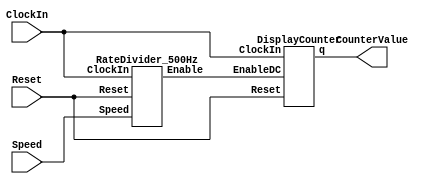
`timescale 1ns / 1ns // `timescale time_unit/time_precision

module part2(ClockIn, Reset, Speed, CounterValue);
    input ClockIn, Reset;
    input [1:0] Speed;
    output [3:0] CounterValue;
    wire enable;

    RateDivider_500Hz r0(.ClockIn(ClockIn), .Reset(Reset), .Enable(enable), .Speed(Speed));
    DisplayCounter c0(.ClockIn(ClockIn), .Reset(Reset), .EnableDC(enable), .q(CounterValue));
endmodule

// adjustable clock divider
module RateDivider_500Hz(ClockIn, Reset, Speed, Enable);
    input ClockIn, Reset; 
    input [1:0] Speed;
    output Enable;
    
    reg [10:0] Divider;

    always @(posedge ClockIn) begin
        if (Reset == 1'b1)
            Divider <= 11'd0;
        else if (Divider == 11'b000_0000_0000)
            //Divider <= d;
            case(Speed)                     // load counter to: (clock speed)/(desired speed) - 1
                2'b00: Divider <= 11'd0;     // load to 500Hz/500Hz - 1
                2'b01: Divider <= 11'd499;   // load to 500Hz/1Hz - 1
                2'b10: Divider <= 11'd999;   // load to 500Hz/0.5Hz - 1
                2'b11: Divider <= 11'd1999;  // load to 500Hz/0.25Hz - 1
                default Divider <= 11'd0;
            endcase
        else 
            Divider <= Divider - 1;  // count down to zero
    end

    assign Enable = (Divider == 11'b00_0000_0000)?1:0;  // pulse enable for display counter to 1 when counter reaches 0
endmodule

// display counter - PC APPROVED
module DisplayCounter(ClockIn, Reset, EnableDC, q);
    input ClockIn, Reset, EnableDC;
    output reg [3:0] q;

    always @(posedge ClockIn)
    begin 
        if (Reset == 1'b1)
            q <= 0;
        else if (EnableDC == 1'b1)
        begin
            if (q == 4'b1111)
                q <= 0;
            else q <= q + 1;
        end
    end
endmodule

// not PC approved
//module DisplayCounter(ClockIn, Reset, EnableDC, q);
//    input ClockIn, Reset, EnableDC;
//        output reg [3:0] q;
//
//            always @(posedge ClockIn)
//            begin 
//                if (Reset == 1'b1)
//                    q <= 0;
//                else if (q == 4'b1111)
//                    q <= 0;
//                else if (EnableDC == 1'b1)
//                    q <= q + 1;
//                else
//                    q <= q;
//            end
//endmodule


/*
* For FPGA
*/
// top level module
module topG(SW, HEX0, CLOCK_50);
    input CLOCK_50;
    input [9:0] SW;
    output [6:0] HEX0;
    wire [3:0] CounterValue; 
    wire enable;

    RateDivider_50MHz r0(.ClockIn(CLOCK_50), .Reset(SW[9]), .Enable(enable), .Speed(SW[1:0]));
    DisplayCounter c1(.ClockIn(CLOCK_50), .Reset(SW[9]), .EnableDC(enable), .q(CounterValue));
    // display CounterValue on 7 seg display
    hex_decoder h0(.c(CounterValue), .display(HEX0)); 
endmodule

// adjustable clock divider
module RateDivider_50MHz(ClockIn, Reset, Speed, Enable);
    input ClockIn, Reset; 
    input [1:0] Speed;
    output Enable;
    
    reg [27:0] Divider;

    always @(posedge ClockIn)
    begin
        if (Reset == 1'b1)
            Divider <= 28'd0;
        else if (Divider == 28'd0) 
            //Divider <= d;
            case(Speed)                     // load counter to: (clock speed)/(desired speed) - 1
                2'b00: Divider = 28'd0;             // load to 50MHz/50MHz - 1
                2'b01: Divider = 28'd49_999_999;    // load to 50MHz/1Hz - 1
                2'b10: Divider = 28'd99_999_999;    // load to 50MHz/0.5Hz - 1
                2'b11: Divider = 28'd199_999_999;   // load to 50MHz/0.25Hz - 1
                default Divider = 28'd0;
            endcase
        else 
            Divider <= Divider - 1;  // count down to zero
    end

    assign Enable = (Divider == 28'd0)?1:0;  // pulse enable for display counter to 1 when Divider reaches 0
endmodule

// hexdecimal decoder from lab2
module hex_decoder(c, display);
    input [3:0] c;
    output [6:0] display;

    assign display[0] = ~((~c[0]|c[1]|c[2]|c[3])&(c[0]|c[1]|~c[2]|c[3])&(~c[0]|~c[1]|c[2]|~c[3])&(~c[0]|c[1]|~c[2]|~c[3])); // Eqn 0
    assign display[1] = ~((~c[0]|c[1]|~c[2]|c[3])&(c[0]|~c[1]|~c[2]|c[3])&(~c[0]|~c[1]|c[2]|~c[3])&(c[0]|c[1]|~c[2]|~c[3])&(c[0]|~c[1]|~c[2]|~c[3])&(~c[0]|~c[1]|~c[2]|~c[3])); // Eqn 1
    assign display[2] = ~((c[0]|~c[1]|c[2]|c[3])&(c[0]|c[1]|~c[2]|~c[3])&(c[0]|~c[1]|~c[2]|~c[3])&(~c[0]|~c[1]|~c[2]|~c[3])); // Eqn 2
    assign display[3] = ~((~c[0]|c[1]|c[2]|c[3])&(c[0]|c[1]|~c[2]|c[3])&(~c[0]|~c[1]|~c[2]|c[3])&(c[0]|~c[1]|c[2]|~c[3])&(~c[0]|~c[1]|~c[2]|~c[3])); // Eqn 3
    assign display[4] = ~((~c[0]|c[1]|c[2]|c[3])&(~c[0]|~c[1]|c[2]|c[3])&(c[1]|c[1]|~c[2]|c[3])&(~c[0]|c[1]|~c[2]|c[3])&(~c[0]|~c[1]|~c[2]|c[3])&(~c[0]|c[1]|c[2]|~c[3])); // Eqn 4
    assign display[5] = ~((~c[0]|c[1]|c[2]|c[3])&(c[0]|~c[1]|c[2]|c[3])&(~c[0]|~c[1]|c[2]|c[3])&(~c[0]|~c[1]|~c[2]|c[3])&(~c[0]|c[1]|~c[2]|~c[3])); // Enq 5
    assign display[6] = ~((c[0]|c[1]|c[2]|c[3])&(~c[0]|c[1]|c[2]|c[3])&(~c[0]|~c[1]|~c[2]|c[3])&(c[0]|c[1]|~c[2]|~c[3])); // Enq 6
endmodule